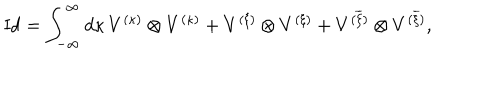
\mathrm { I d } = \int _ { - \infty } ^ { \infty } d \kappa \, V ^ { ( \kappa ) } \otimes V ^ { ( \kappa ) } + V ^ { ( \xi ) } \otimes V ^ { ( \xi ) } + V ^ { ( \overline { { { \xi } } } ) } \otimes V ^ { ( \overline { { { \xi } } } ) } ,